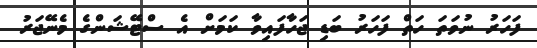
ފަހަރު ނުވަތަ ހަތް ފަހަރު ބަޑި ޖަހާފައިވާ ކަމަށް އެ ސްޓޭޝަންގެ މެނޭޖަރު